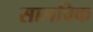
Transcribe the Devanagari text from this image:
सालविक